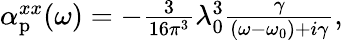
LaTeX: \begin{array}{r}{\alpha_{\mathrm{p}}^{xx}(\omega)=-\frac{3}{16\pi^{3}}\lambda_{0}^{3}\frac{\gamma}{(\omega-\omega_{0})+i\gamma},}\end{array}